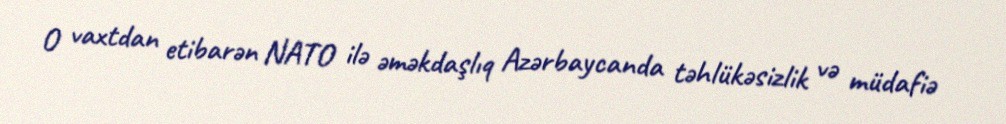
O vaxtdan etibarən NATO ilə əməkdaşlıq Azərbaycanda təhlükəsizlik və müdafiə